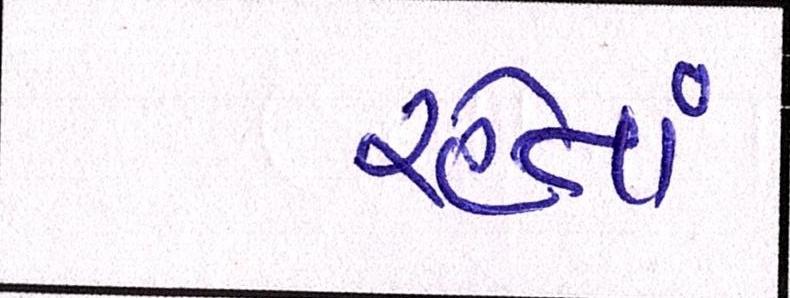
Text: રહેતાં